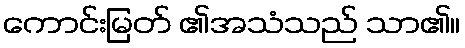
ကောင်းမြတ် ၏အသံသည် သာ၏။